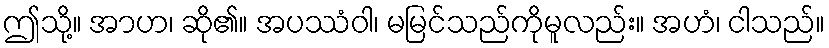
ဤသို့။ အာဟ၊ ဆို၏။ အပဿံဝါ၊ မမြင်သည်ကိုမူလည်း။ အဟံ၊ ငါသည်။